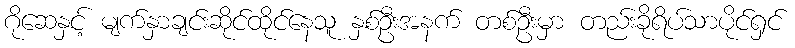
ဂိုဆေနှင့် မျက်နှာချင်းဆိုင်ထိုင်နေသူ နှစ်ဦးအနက် တစ်ဦးမှာ တည်းခိုရိပ်သာပိုင်ရှင်